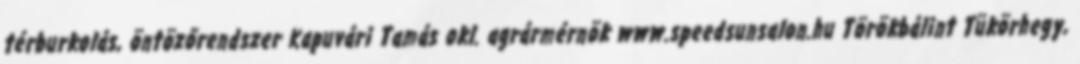
térburkolás, öntözőrendszer Kapuvári Tamás okl. agrármérnök www.speedsunsalon.hu Törökbálint Tükörhegy,